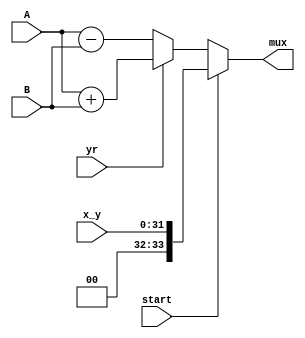
// Module for sum/sub plus both multiplexors:

module sum_sub1 ( 
				input [33:0] A,
				input [33:0] B,
				input yr,
                input [31:0] x_y,
                input start,
				output [33:0] mux
				);

wire [33:0] sum,
			sub,
			add_sub;

assign sum = A + B;                             //sum
assign sub = A - B;                             //sub
assign add_sub = yr ? sum : sub;			    //mux for add or sub
assign mux = start ? x_y : add_sub;				//'final' mux

endmodule